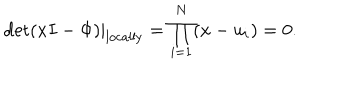
LaTeX: \det ( x I - \Phi ) | _ { \mathrm { l o c a l l y } } = \prod _ { i = 1 } ^ { N } ( x - u _ { i } ) = 0 .